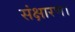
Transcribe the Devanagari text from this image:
संक्षारण।